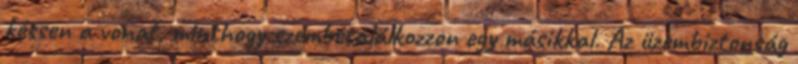
késsen a vonat, minthogy szembetalálkozzon egy másikkal. Az üzembiztonság